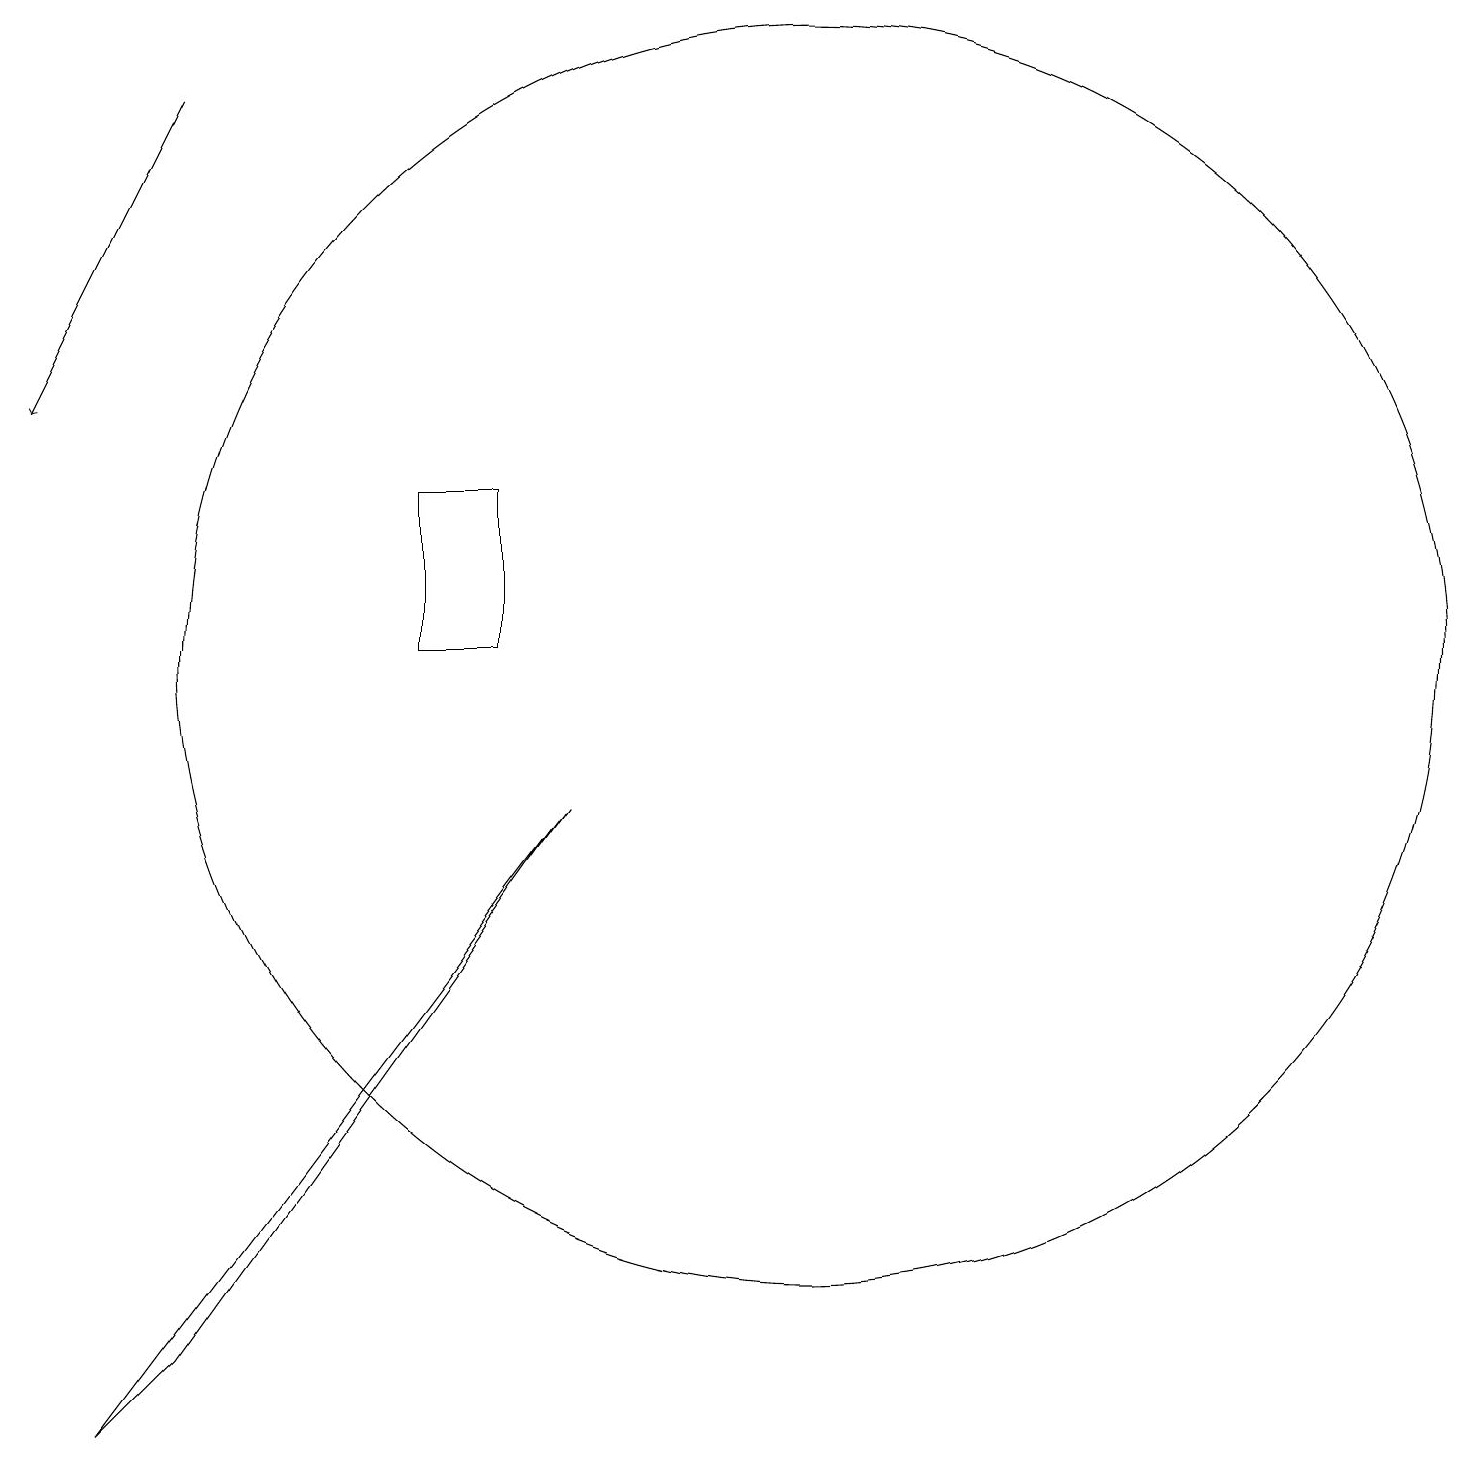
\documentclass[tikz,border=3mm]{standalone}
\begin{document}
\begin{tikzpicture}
\draw (12,10) circle (8);
\draw (7,12) rectangle (8,10);
\draw[->] (4,17) -- (2,13);
\draw (3,0) -- (9,8) -- (4,1) -- cycle;
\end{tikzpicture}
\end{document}